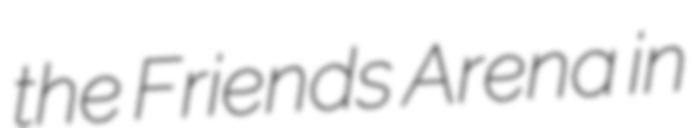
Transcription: the Friends Arena in